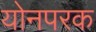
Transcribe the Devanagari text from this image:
योनपरक